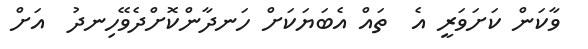
ވާކަން ކަށަވަރީ އެ  ތައް އެބަޔަކަށް ހަނދާންކޮށްދެވޭހިނދު  އަށް